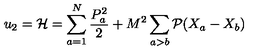
u _ { 2 } = { \cal H } = \sum _ { a = 1 } ^ { N } \frac { P _ { a } ^ { 2 } } { 2 } + M ^ { 2 } \sum _ { a > b } { \cal P } ( X _ { a } - X _ { b } )